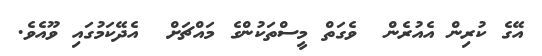
އޭގެ ކުރިން އެއުރެން  ވެގަތް މީސްތަކުންގެ މައްޗަށް  އެދޭކަމުގައި ވޫއެވެ.